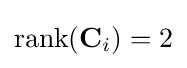
{\text{rank}}(\mathbf {C} _{i})=2